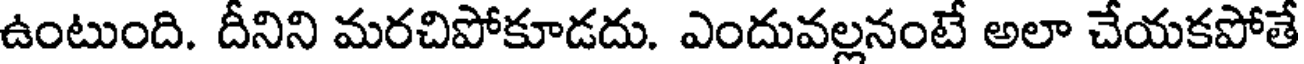
ఉంటుంది. దీనిని మరచిపోకూడదు. ఎందువల్లనంటే అలా చేయకపోతే